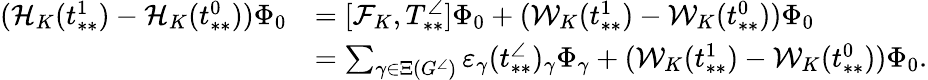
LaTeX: \begin{array}{rl}{(\mathcal{H}_{K}(t_{**}^{1})-\mathcal{H}_{K}(t_{**}^{0}))\Phi_{0}}&{=[\mathcal{F}_{K},T_{**}^{\angle}]\Phi_{0}+(\mathcal{W}_{K}(t_{**}^{1})-\mathcal{W}_{K}(t_{**}^{0}))\Phi_{0}}\\ &{=\sum_{\gamma\in\Xi(G^{\angle})}\varepsilon_{\gamma}(t_{**}^{\angle})_{\gamma}\Phi_{\gamma}+(\mathcal{W}_{K}(t_{**}^{1})-\mathcal{W}_{K}(t_{**}^{0}))\Phi_{0}.}\end{array}